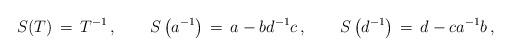
LaTeX: \begin{align*}S(T)\,=\,T^{-1}\,, \qquad S\left( a^{-1} \right)\,=\,a-bd^{-1}c\,,\qquad S\left( d^{-1} \right)\,=\,d-ca^{-1}b\,,\end{align*}